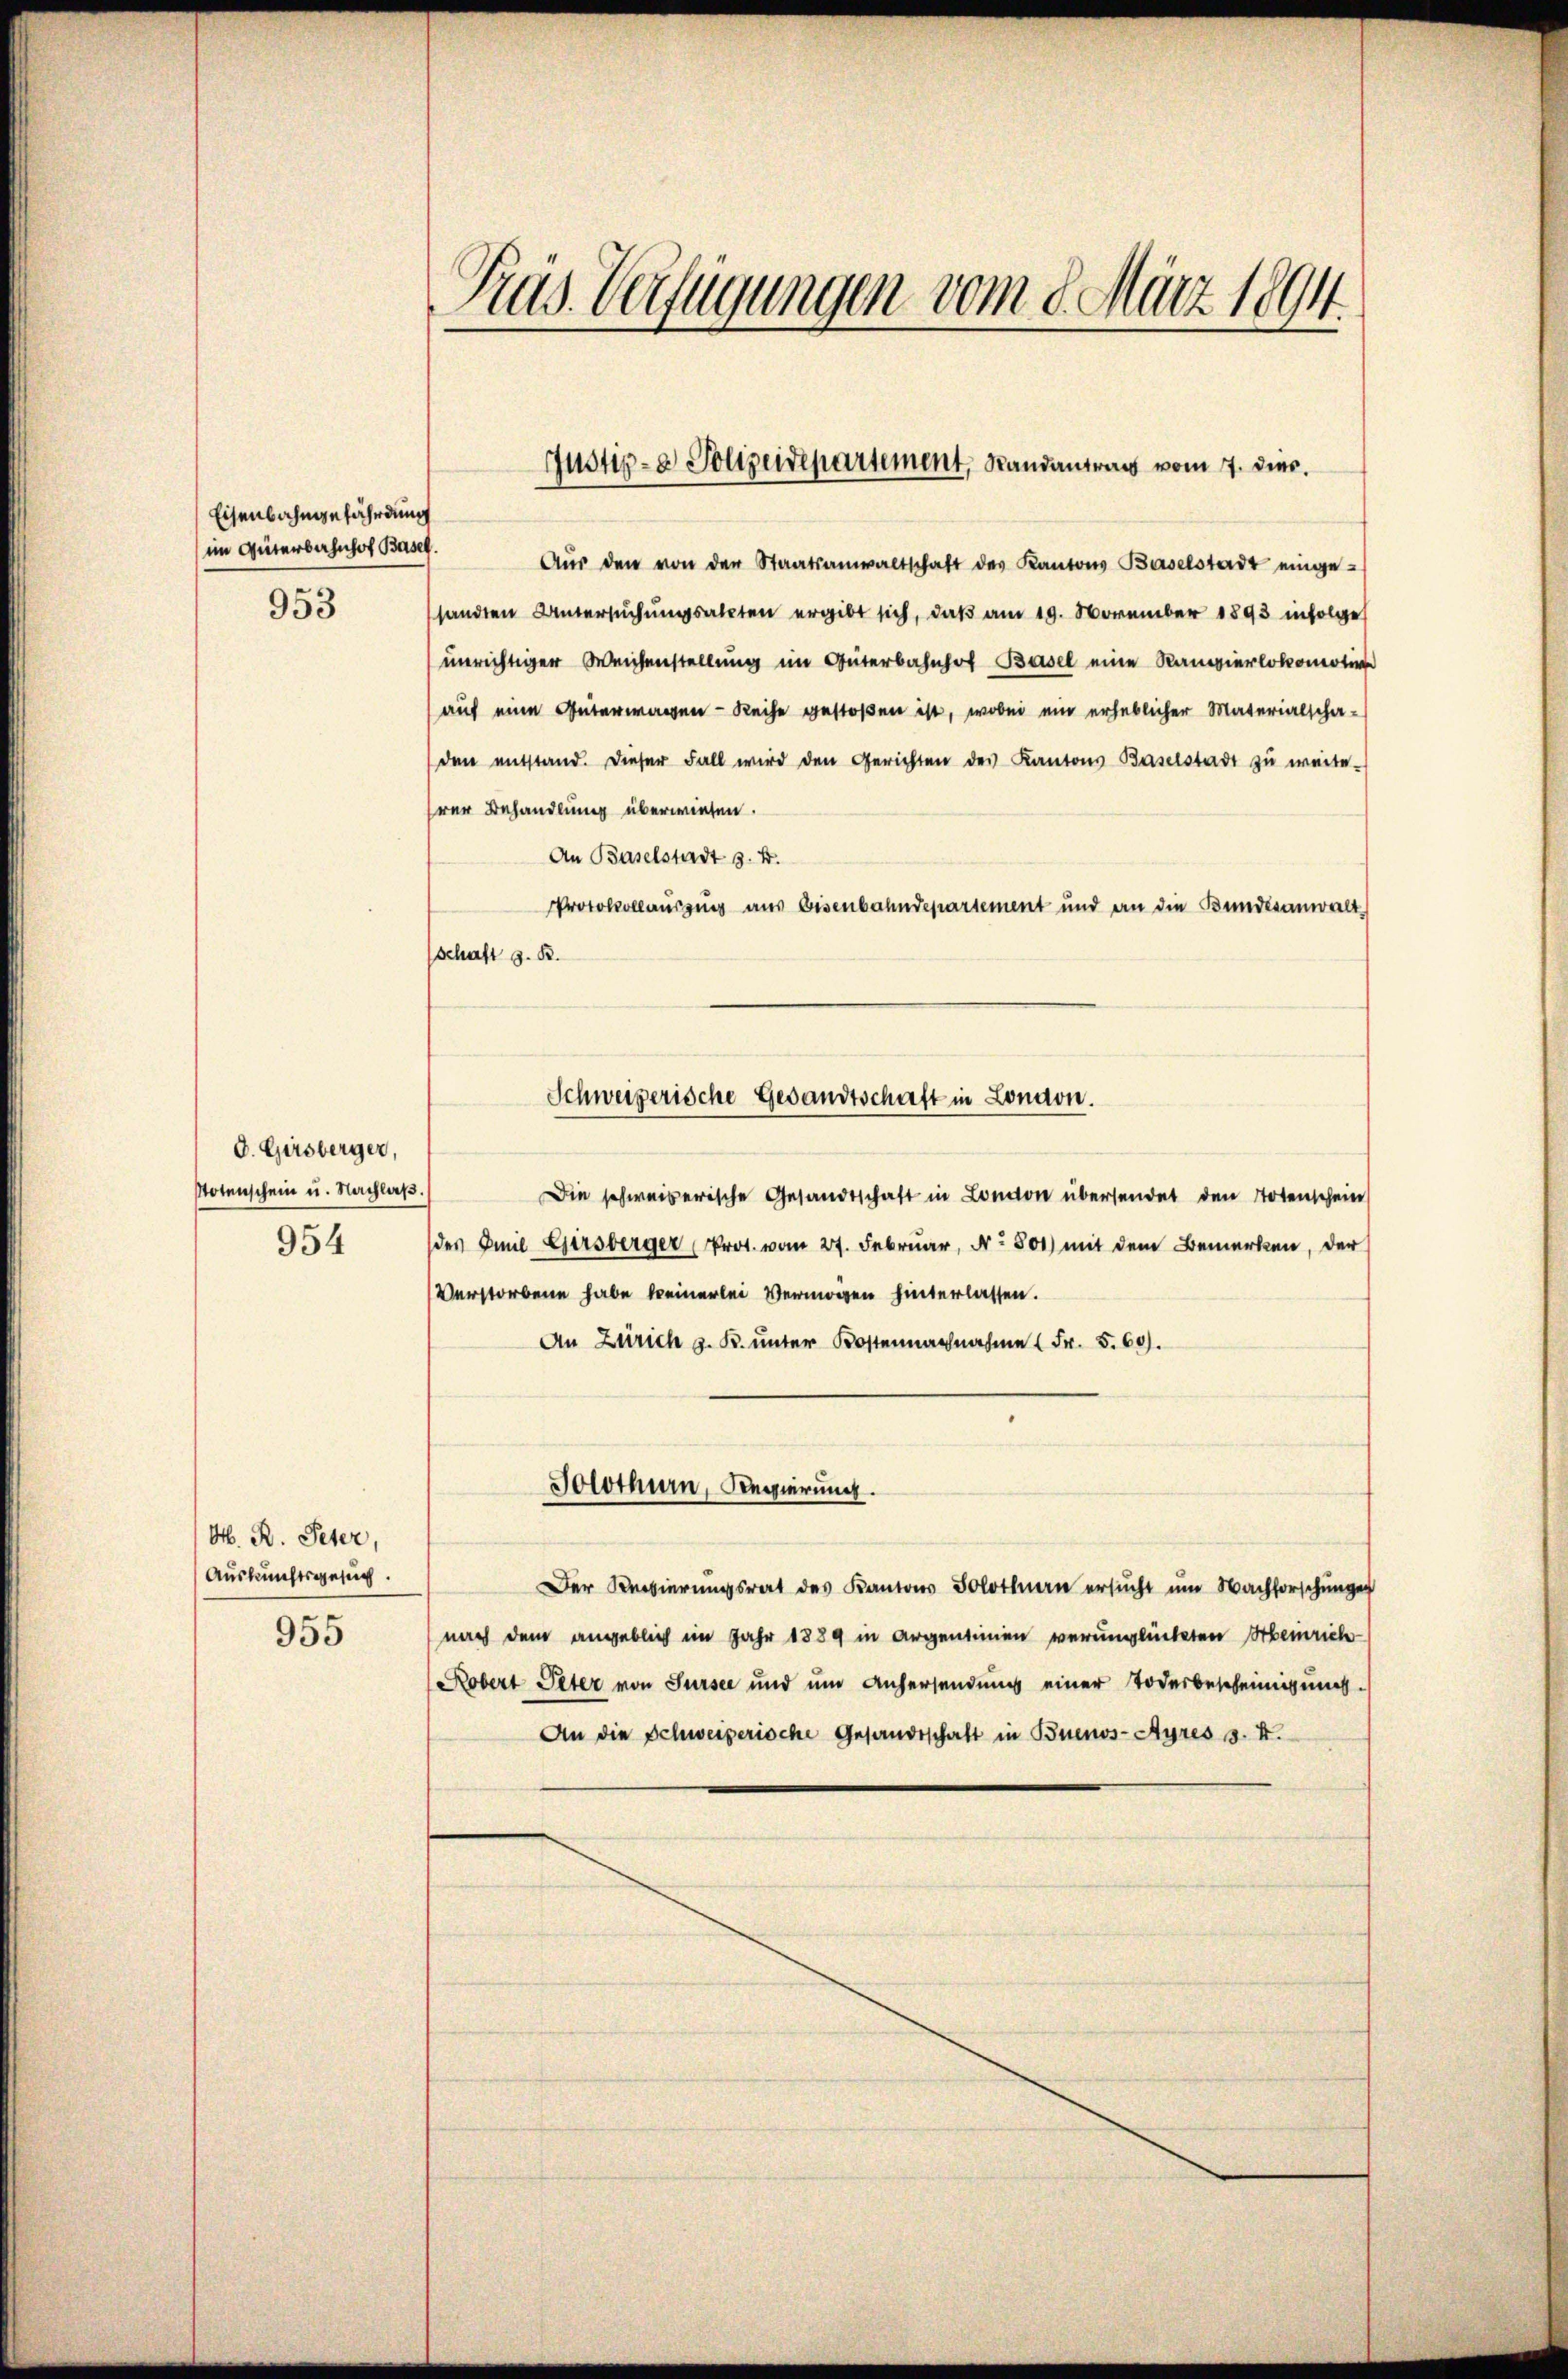
953

D. Girsberger,
Notenschein u. Nachlaß.
954

M. R. Peter,
Auskunftsgesuch.
955

Pras Verfügungen vom 8. März 1894.

Eisenbahngefährdung
im Güterbahnhof Basel.

Aŭs den von der Staatsanwaltschaft des Kantons Baselstadt einge-
sandten Untersŭchŭngsakten ergibt sich, daß am 19. November 1893 infolge
unrichtiger Weichenstellung im Güterbahnhof Basel eine Kamierlokomotion
auf eine Güterwagen - Reihe gestoßen ist, wobei ein erheblicher Materialschaden entstand. Dieser Fall wird den Gerichten des Kantons Baselstadt zŭ weite-
rer Behandlung überwiesen.
An Baselstadt z. B.
Protokollauszug aus Eisenbahndepartement und an die Bundesanwalt
Schaft z. B.
Die schweizerische Gesandtschaft in London übersendet den Totenschein
des Emil Girsberger (Prot. vom 27. Februar, No 801) mit dem Bemerken, der
Verstorbene habe keinerlei Vermögen hinterlassen.
An Zürich z. B. unter Kostennachnahme (Fr. 5. 60).
Solothurn, Regierung.
Der Regierungsrat des Kantons Solothurn ersŭcht ŭm Nachforschungen
nach dem angeblich im Jahr 1889 in Argentinien verunglückten Heinrich
Robert Peter von Sursee und um Anhersendung einer Todesbescheinigung.
An die Schweizerische Gesandtschaft in Buenos-Ayres s. X.

Justiz- & Polizeidepartement, Randantrag vom 7. dies.

Schweizerische Gesandtschaft in London.